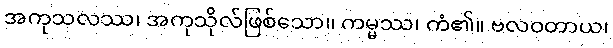
အကုသလဿ၊ အကုသိုလ်ဖြစ်သော။ ကမ္မဿ၊ ကံ၏။ ဗလဝတာယ၊